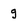
Character: g